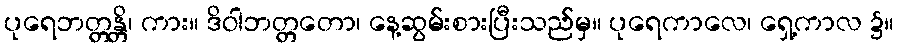
ပုရေဘတ္တန္တိ၊ ကား။ ဒိဝါဘတ္တတော၊ နေ့ဆွမ်းစားပြီးသည်မှ။ ပုရေကာလေ၊ ရှေ့ကာလ ၌။